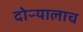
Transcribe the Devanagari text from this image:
दोऱ्यालाच